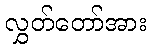
လွှတ်တော်အား